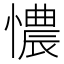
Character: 憹